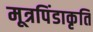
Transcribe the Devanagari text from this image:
मूत्रपिंडाकृति